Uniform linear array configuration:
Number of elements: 8
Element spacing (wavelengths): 0.5
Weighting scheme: blackman
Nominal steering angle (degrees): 60
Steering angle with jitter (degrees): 58.917
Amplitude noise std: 0.05
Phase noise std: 0.05

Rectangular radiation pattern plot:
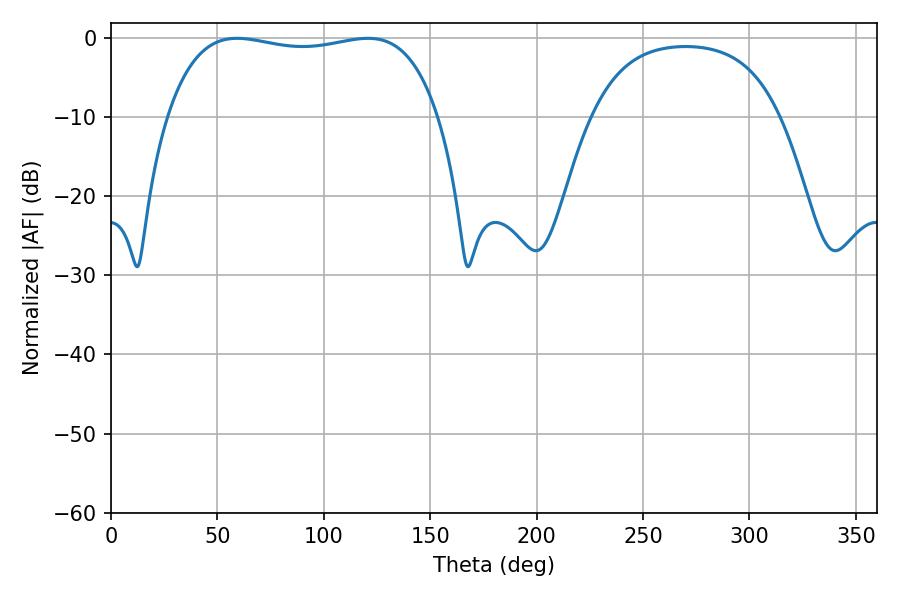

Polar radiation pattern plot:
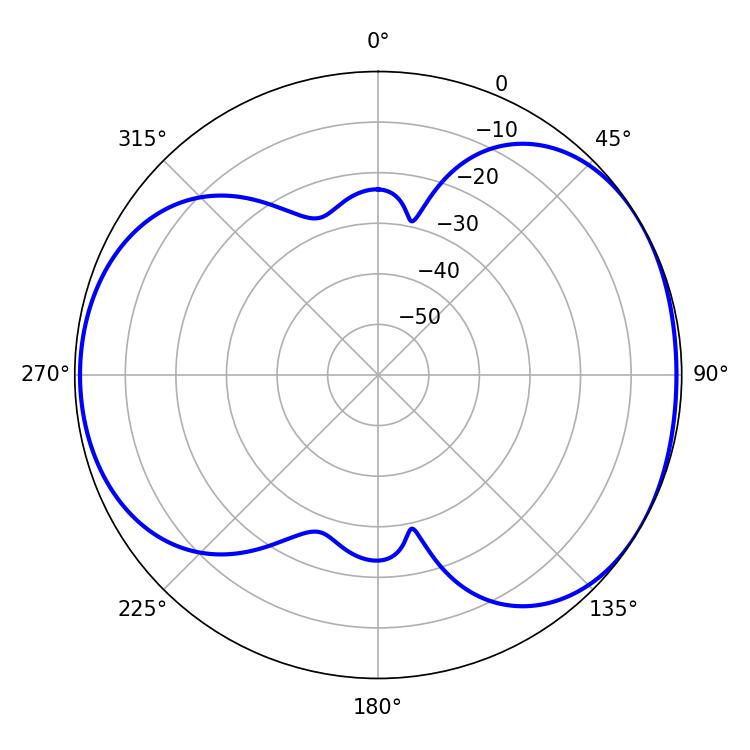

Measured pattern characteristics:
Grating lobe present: FALSE
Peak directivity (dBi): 4.839
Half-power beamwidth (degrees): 102.6
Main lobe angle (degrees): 59.22